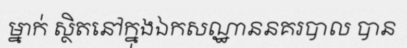
ម្នាក់ ស្ថិតនៅក្នុងឯកសណ្ឋាននគរបាល បាន